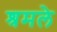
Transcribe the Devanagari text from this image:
श्रमले